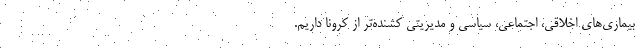
بیماری‌های اخلاقی، اجتماعی، سیاسی و مدیریتی‌ کشنده‌تر از کرونا داریم.